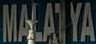
MALATYA